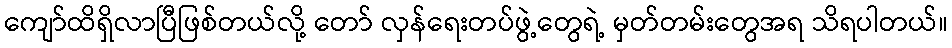
ကျော်ထိရှိလာပြီဖြစ်တယ်လို့ တော် လှန်ရေးတပ်ဖွဲ့တွေရဲ့ မှတ်တမ်းတွေအရ သိရပါတယ်။